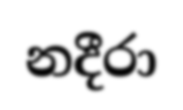
නදීරා